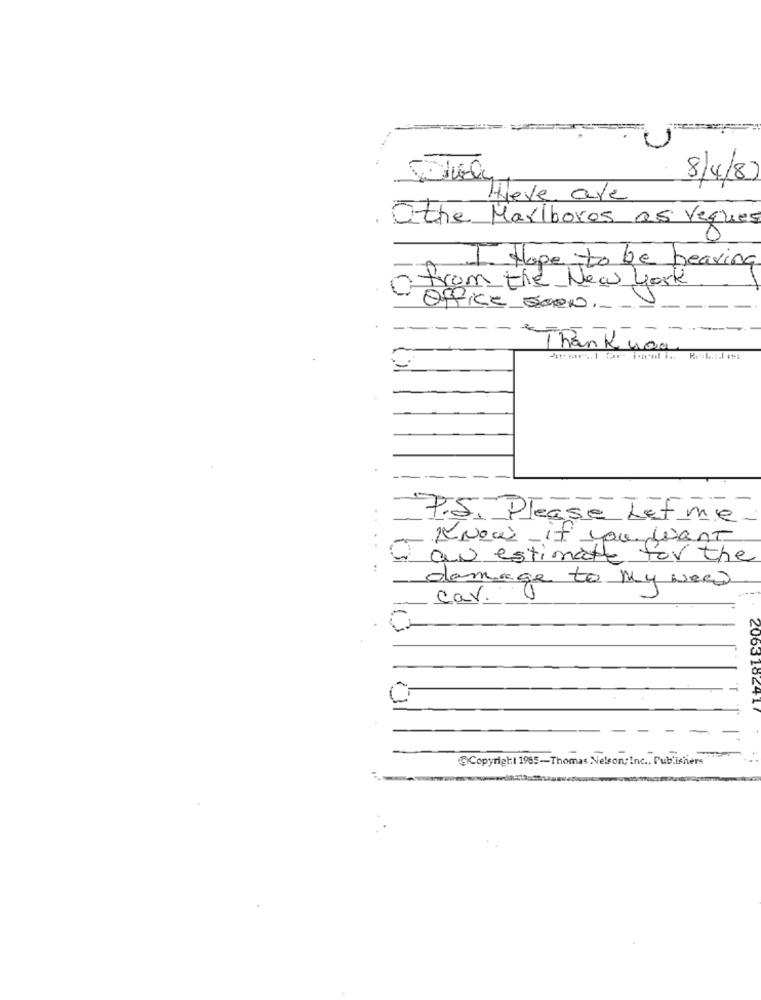
8/4/8
Hieve are
O the Mariboros as Veques
1. Hope to be heaving
from the New york
Office Box_ _
Thank you
P.S. Please Let me
Know-it you want
an estimate for the
damage to my Need
car.
@Copyright 1955-Thomas Nelson; Inc ., Publishers
2063182417 5;